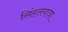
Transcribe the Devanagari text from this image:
सिंहलयात्रा